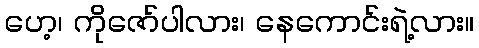
ဟေ့၊ ကိုဇော်ပါလား၊ နေကောင်းရဲ့လား။